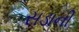
સડાની